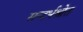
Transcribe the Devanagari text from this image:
सन्दर्भश्रोत